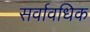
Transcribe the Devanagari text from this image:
सर्वावधिक